Account of plague administration in the Bombay Presidency from September 1896 till May 1897
Year: 1896
Disease focus: Plague
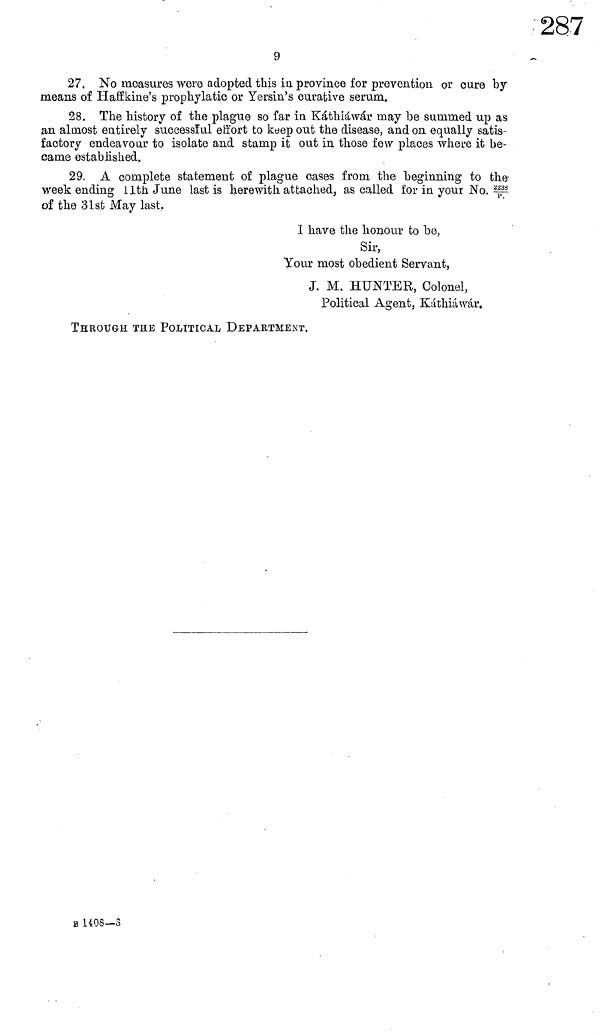
9
27. No measures were adopted this in province for prevention or cure by
means of Haffkine's prophylatic or Yersin's curative serum.
28. The history of the plague so far in Káthiáwár may be summed up as
an almost entirely successful effort to keep out the disease, and on equally satis-
factory endeavour to isolate and stamp it out in those few places where it be-
came established,
29. A complete statement of plague cases from the beginning to the-
week ending 11th June last is herewith attached, as called for in your No. 2238
of the 31st May last.
I have the honour to be,
Sir,
Your most obedient Servant,
J. M. HUNTER, Colonel,
Political Agent, Káthiáwár.
THROUGH THE POLITICAL DEPARTMENT.